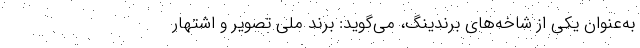
به‌عنوان یکی از شاخه‌های برندینگ، می‌گوید: برند ملی تصویر و اشتهار